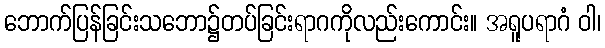
ဘောက်ပြန်ခြင်းသဘော၌တပ်ခြင်းရာဂကိုလည်းကောင်း။ အရူပရာဂံ ဝါ၊